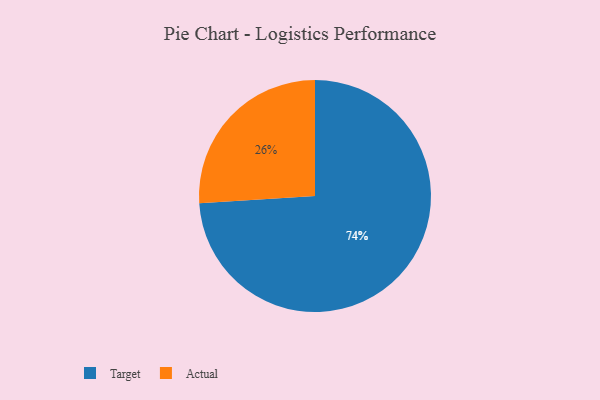
{"axis": {"x": "Category", "y": "Percentage"}, "legend": ["Actual", "Target"], "data": [{"x": "Actual", "y": 26, "type": "Actual"}, {"x": "Target", "y": 74, "type": "Target"}]}